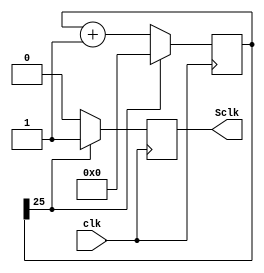
//****************slowClock.v*********************
//Modified: 
//
//Version: 2b
// 
// On a 24MHz clock, Sclk should go high once a 
//      second
//________________________________________________


module slowClock (Sclk, clk);
	
	input clk;
	
	output Sclk;
	
	reg Sclk;
	
	reg [31:0] count = 32'b00000000000000000000000000000000;
	
	always @(posedge clk) begin 
		if (count[25]==1) begin
			count = 32'b00000000000000000000000000000000;
			Sclk <= 1; 
		end else begin
			count= count + 1;
			Sclk <= 0; 
		end 
	end
endmodule